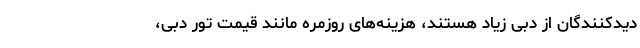
دیدکنندگان از دبی زیاد هستند، هزینه‌های روزمره مانند قیمت تور دبی،